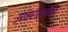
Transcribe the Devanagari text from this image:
उपचारात्मकता